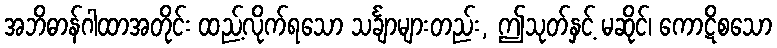
အဘိဓာန်ဂါထာအတိုင်း ထည့်လိုက်ရသော သင်္ချာများတည်း, ဤသုတ်နှင့် မဆိုင်၊ ကောဋိစသော